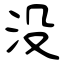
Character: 沒